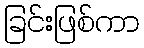
ခြင်းဖြစ်ကာ